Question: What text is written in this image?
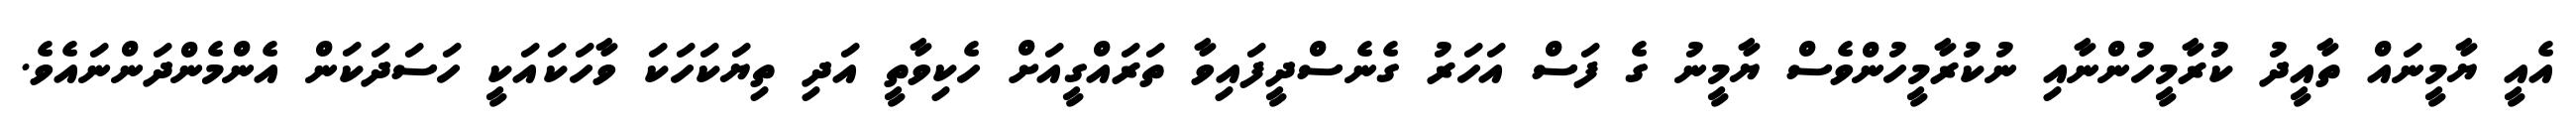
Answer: އެއީ ޔާމީނައް ތާއީދު ކުރާމީހުންނާއި ނުކުރާމީހުންވެސް ޔާމީނު ގެ ފަސް އަހަރު ގެނެސްދީފައިވާ ތަރައްގީއަށް ހެކިވާތީ އަދި ތިޔަކަހަކަ ވާހަކައަކީ ހަސަދަކަން އެންމެންދަންނައެވެ.